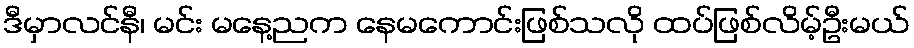
ဒီမှာလင်နီ၊ မင်း မနေ့ညက နေမကောင်းဖြစ်သလို ထပ်ဖြစ်လိမ့်ဦးမယ်